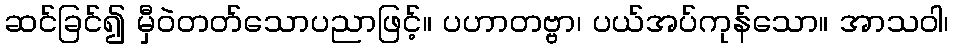
ဆင်ခြင်၍ မှီဝဲတတ်သောပညာဖြင့်။ ပဟာတဗ္ဗာ၊ ပယ်အပ်ကုန်သော။ အာသဝါ၊